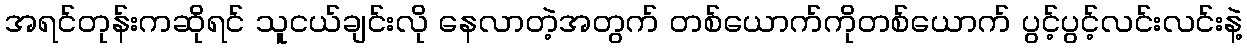
အရင်တုန်းကဆိုရင် သူငယ်ချင်းလို နေလာတဲ့အတွက် တစ်ယောက်ကိုတစ်ယောက် ပွင့်ပွင့်လင်းလင်းနဲ့